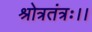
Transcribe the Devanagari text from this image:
श्रोत्रतंत्रः।।